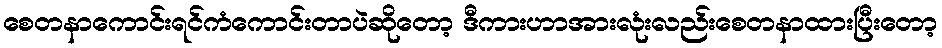
စေတနာကောင်းရင်ကံကောင်းတာပဲဆိုတော့ ဒီကားဟာအားလုံးလည်းစေတနာထားပြီးတော့